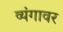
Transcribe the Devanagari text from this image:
व्यंगावर